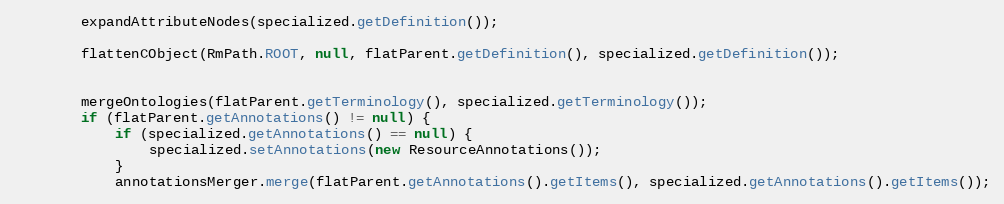
Language: Java
        expandAttributeNodes(specialized.getDefinition());

        flattenCObject(RmPath.ROOT, null, flatParent.getDefinition(), specialized.getDefinition());

        mergeOntologies(flatParent.getTerminology(), specialized.getTerminology());
        if (flatParent.getAnnotations() != null) {
            if (specialized.getAnnotations() == null) {
                specialized.setAnnotations(new ResourceAnnotations());
            }
            annotationsMerger.merge(flatParent.getAnnotations().getItems(), specialized.getAnnotations().getItems());